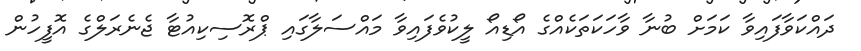
ދައްކަވާފައިވާ ކަމަށް ބުނާ ވާހަކަތަކެއްގެ އޯޑިއޯ ލީކުވެފައިވާ މައްސަލާގައި ޕްރޮސިކިއުޓާ ޖެނެރަލްގެ އޮފީހުން